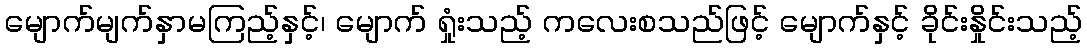
မျောက်မျက်နှာမကြည့်နှင့်၊ မျောက် ရှုံးသည့် ကလေးစသည်ဖြင့် မျောက်နှင့် ခိုင်းနှိုင်းသည့်